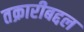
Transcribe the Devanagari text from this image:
तक्रारीबद्दल